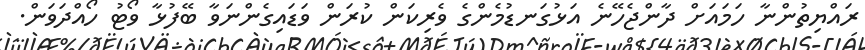
ރައްޔިތުންނާ ހަމައަށް ދާންޖެހޭނެ އަޅުގަނޑުމެންގެ ވެރިކަން ކުރަން ވަޑައިގެންނަވާ ބޭފުޅާ ވޯޓު ހޯއްދަވަން.